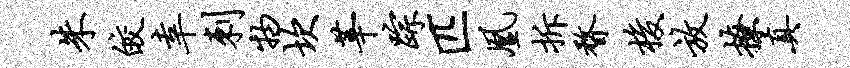
朱皎幸刺物坎莘踪匹凰拆瞀梭放撩真